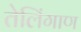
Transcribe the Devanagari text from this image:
तेलिंगाण